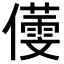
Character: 𪝸